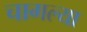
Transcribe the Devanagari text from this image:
चागल्या